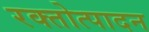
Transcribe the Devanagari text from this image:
रक्तोत्पादन